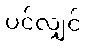
ပင်လျှင်